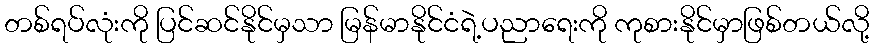
တစ်ရပ်လုံးကို ပြင်ဆင်နိုင်မှသာ မြန်မာနိုင်ငံရဲ့ပညာရေးကို ကုစားနိုင်မှာဖြစ်တယ်လို့